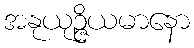
အနုယုဉ္ဇိယမာနော